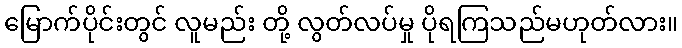
မြောက်ပိုင်းတွင် လူမည်း တို့ လွတ်လပ်မှု ပိုရကြသည်မဟုတ်လား။